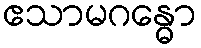
ဧသာမဂန္ဓော